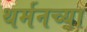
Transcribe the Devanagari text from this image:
थर्मनच्या